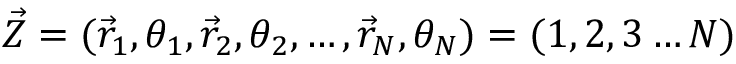
\vec { Z } = ( \vec { r } _ { 1 } , \theta _ { 1 } , \vec { r } _ { 2 } , \theta _ { 2 } , \ldots , \vec { r } _ { N } , \theta _ { N } ) = ( 1 , 2 , 3 \ldots N )